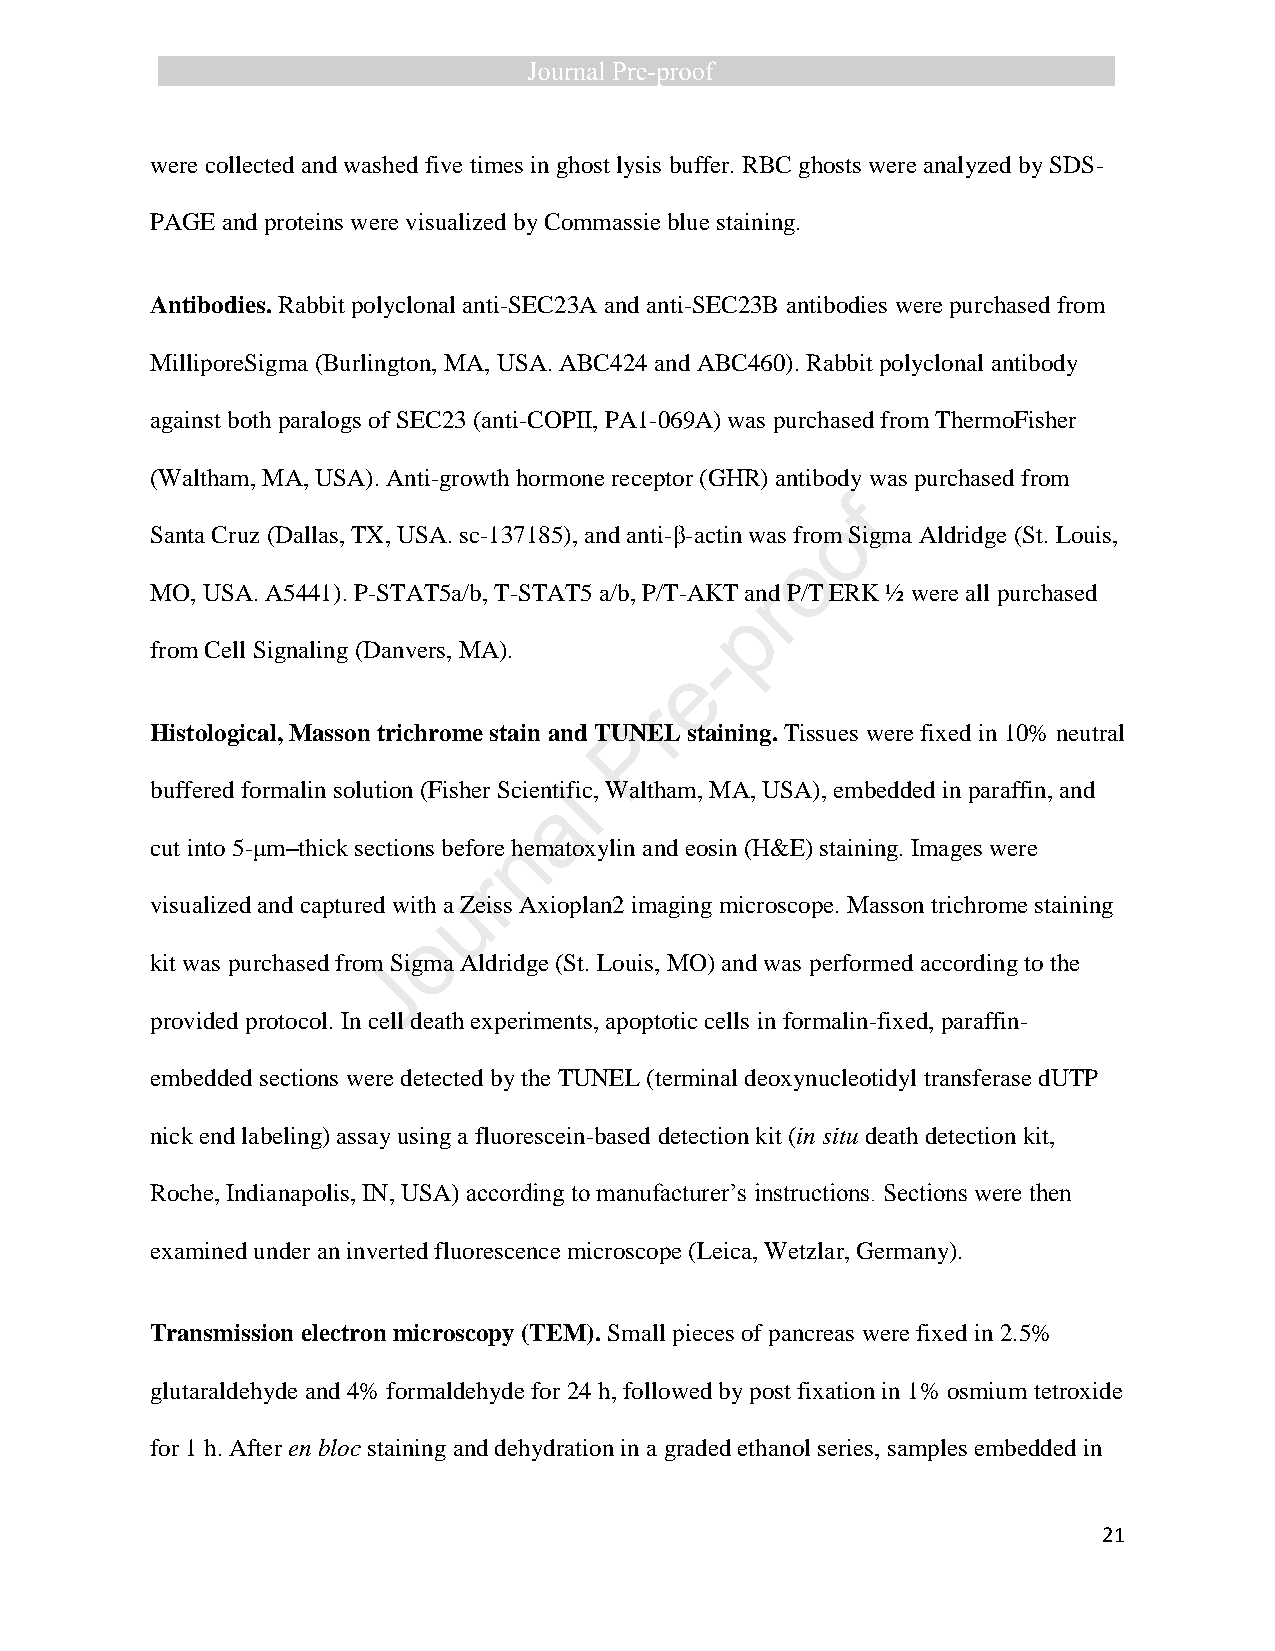
were collected and washed five times in ghost lysis buffer. RBC ghosts were analyzed by SDS-
 PAGE and proteins were visualized by Commassie blue staining.
 Antibodies. Rabbit polyclonal anti-SEC23A and anti-SEC23B antibodies were purchased from
 MilliporeSigma (Burlington, MA, USA. ABC424 and ABC460). Rabbit polyclonal antibody
 against both paralogs of SEC23 (anti-COPII, PA1-069A) was purchased from ThermoFisher
 (Waltham, MA, USA). Anti-growth hormone receptor (GHR) antibody was purchased from
 f
 o
 Santa Cruz (Dallas, TX, USA. sc-137185), and anti-β-actin was from Sigma Aldridge (St. Louis,
 o
 MO, USA. A5441). P-STAT5a/b, T-STAT5 a/b, P/T-AKT anrd P/T ERK ½ were all purchased
 p
 from Cell Signaling (Danvers, MA).   -
 e
 r
 Histological, Masson trichrome stain and TUPNEL staining. Tissues were fixed in 10% neutral
 buffered formalin solution (Fisher Scientilfic, Waltham, MA, USA), embedded in paraffin, and
 a
 cut into 5-μm–thick sections before hnematoxylin and eosin (H&E) staining. Images were
 r
 visualized and captured with a uZeiss Axioplan2 imaging microscope. Masson trichrome staining
 o
 kit was purchased from Sigma Aldridge (St. Louis, MO) and was performed according to the
 J
 provided protocol. In cell death experiments, apoptotic cells in formalin-fixed, paraffin-
 embedded sections were detected by the TUNEL (terminal deoxynucleotidyl transferase dUTP
 nick end labeling) assay using a fluorescein-based detection kit (in situ death detection kit,
 Roche, Indianapolis, IN, USA) according to manufacturer’s instructions. Sections were then
 examined under an inverted fluorescence microscope (Leica, Wetzlar, Germany).
 Transmission electron microscopy (TEM). Small pieces of pancreas were fixed in 2.5%
 glutaraldehyde and 4% formaldehyde for 24 h, followed by post fixation in 1% osmium tetroxide
 for 1 h. After en bloc staining and dehydration in a graded ethanol series, samples embedded in
 21